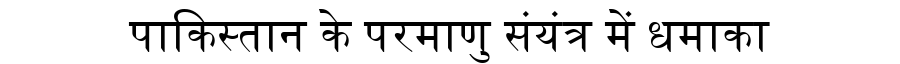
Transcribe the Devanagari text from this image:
पाकिस्तान के परमाणु संयंत्र में धमाका